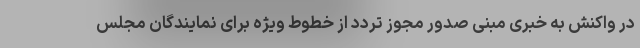
در واکنش به خبری مبنی صدور مجوز تردد از خطوط ویژه برای نمایندگان مجلس